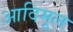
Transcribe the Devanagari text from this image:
आदिमूल